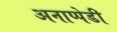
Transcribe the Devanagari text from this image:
अनाप्पेडी